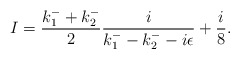
\begin{align*}I=\frac{k_{1}^{-}+k_{2}^{-}}{2}\frac{i}{k_{1}^{-}-k_{2}^{-}-i\epsilon} +\frac{i}{8}.\end{align*}